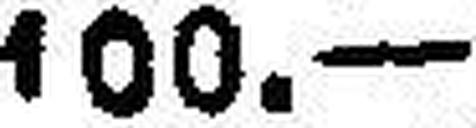
100.—